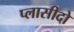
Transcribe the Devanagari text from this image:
प्लासीदो